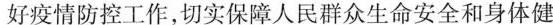
好疫情防控工作,切实保障人民群众生命安全和身体健